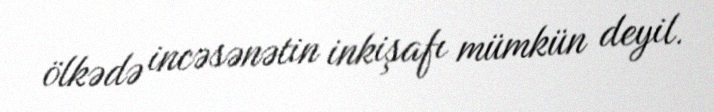
ölkədə incəsənətin inkişafı mümkün deyil.